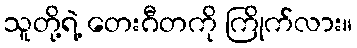
သူတို့ရဲ့ တေးဂီတကို ကြိုက်လား။